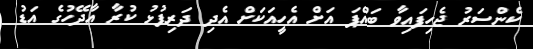
ކެންސަރު ޖެހިފައިވާ ބައްޕަ އަށް އެހީއަކަށް އެދި ދަރިފުޅު ކުރާ އާދޭހުގެ އަޑު